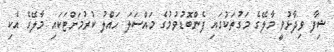
ޝިފާ ވިދާޅުވީ މާލޭގެ މަގުތަކުގައި ފެންބޮޑުވުމުގެ މައްސަލަ ހައްލު ކުރުމަށްޓަކައި މާލޭގެ އެކި